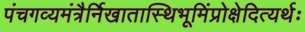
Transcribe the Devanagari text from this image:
पंचगव्यमंत्रैर्निखातास्थिभूमिंप्रोक्षेदित्यर्थः